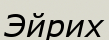
Эйрих